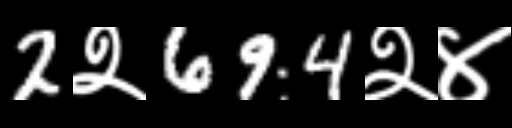
Text: 2२694२४